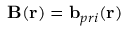
\mathbf { B } ( \mathbf { r } ) = \mathbf { b } _ { p r i } ( \mathbf { r } )